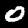
Digit: 0